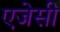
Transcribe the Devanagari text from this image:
एजेसी